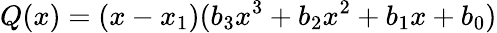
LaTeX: Q(x)=(x-x_{1})(b_{3}x^{3}+b_{2}x^{2}+b_{1}x+b_{0})